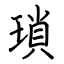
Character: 瑣